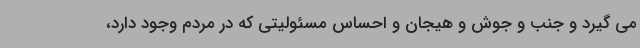
می گیرد و جنب و جوش و هیجان و احساس مسئولیتی که در مردم وجود دارد،